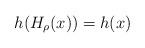
\begin{align*}h(H_{\rho}(x))=h(x)\end{align*}